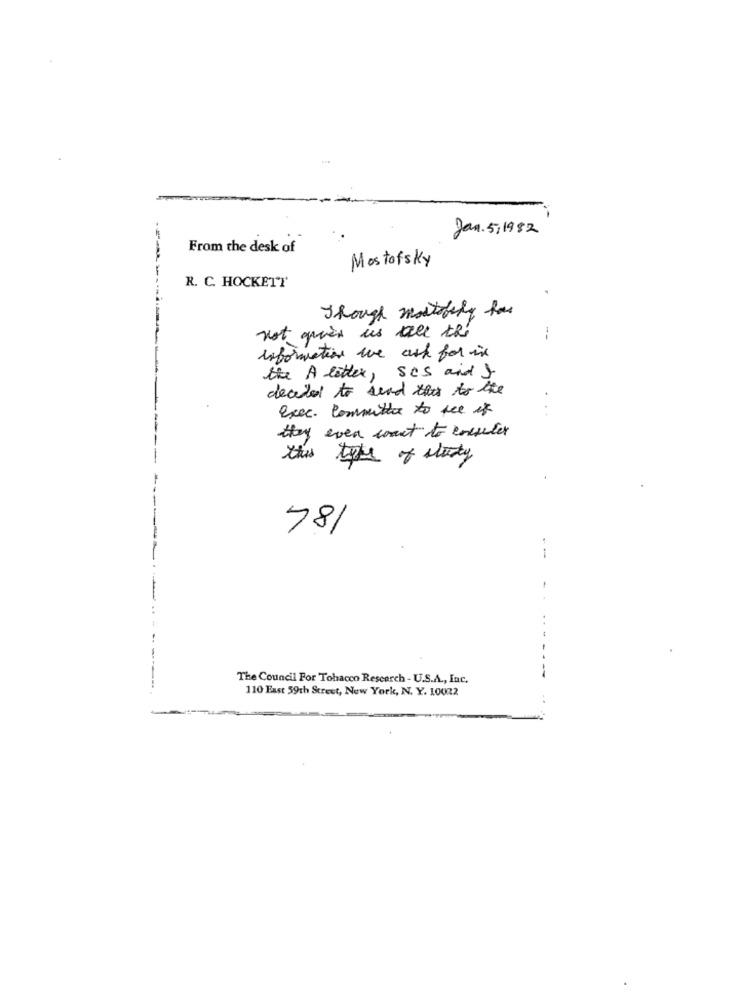
Jan. 5/1982
From the desk of
Mostofsky
R. C. HOCKETT
Though mostofily for
not ques us all thé
information we ask for in
the A letter, Ses and }
decided to send this to the
exec. Committee to see if
they even want to consider
this type of study
184
--
The Council For Tobacco Rescarch - U.S.A ., Inc.
110 East 59th Street, New York, N. Y. 10022